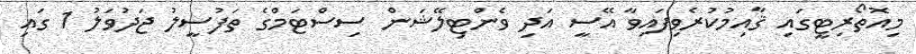
މިއޮތޯރިޓީގައި ޤާއިމުކުރެވިފައިވާ އޭސީ އަދި ވެންޓިލޭޝަން ސިސްޓަމްގެ ތަފުސީލު ޖަދުވަލު 1 ގައި